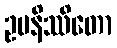
ဥပနိဿိတော